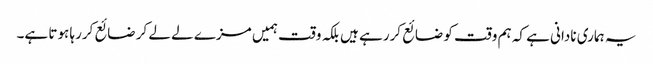
یہ ہماری نادانی ہے کہ ہم وقت کو ضائع کررہے ہیں بلکہ وقت ہمیں مزے لے لے کر ضائع کررہا ہوتا ہے۔